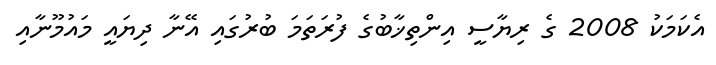
އެކަމަކު 2008 ގެ ރިޔާސީ އިންތިޚާބުގެ ފުރަތަމަ ބުރުގައި އޭނާ ދިޔައީ މައުމޫނާއި